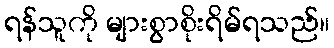
ရန်သူကို များစွာစိုးရိမ်ရသည်။